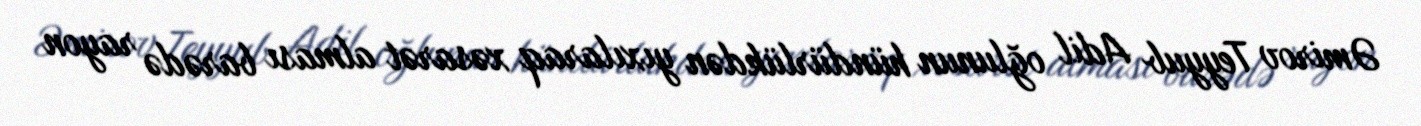
Əmirov Teyyub Adil oğlunun hündürlükdən yıxılaraq xəsarət alması barədə rayon